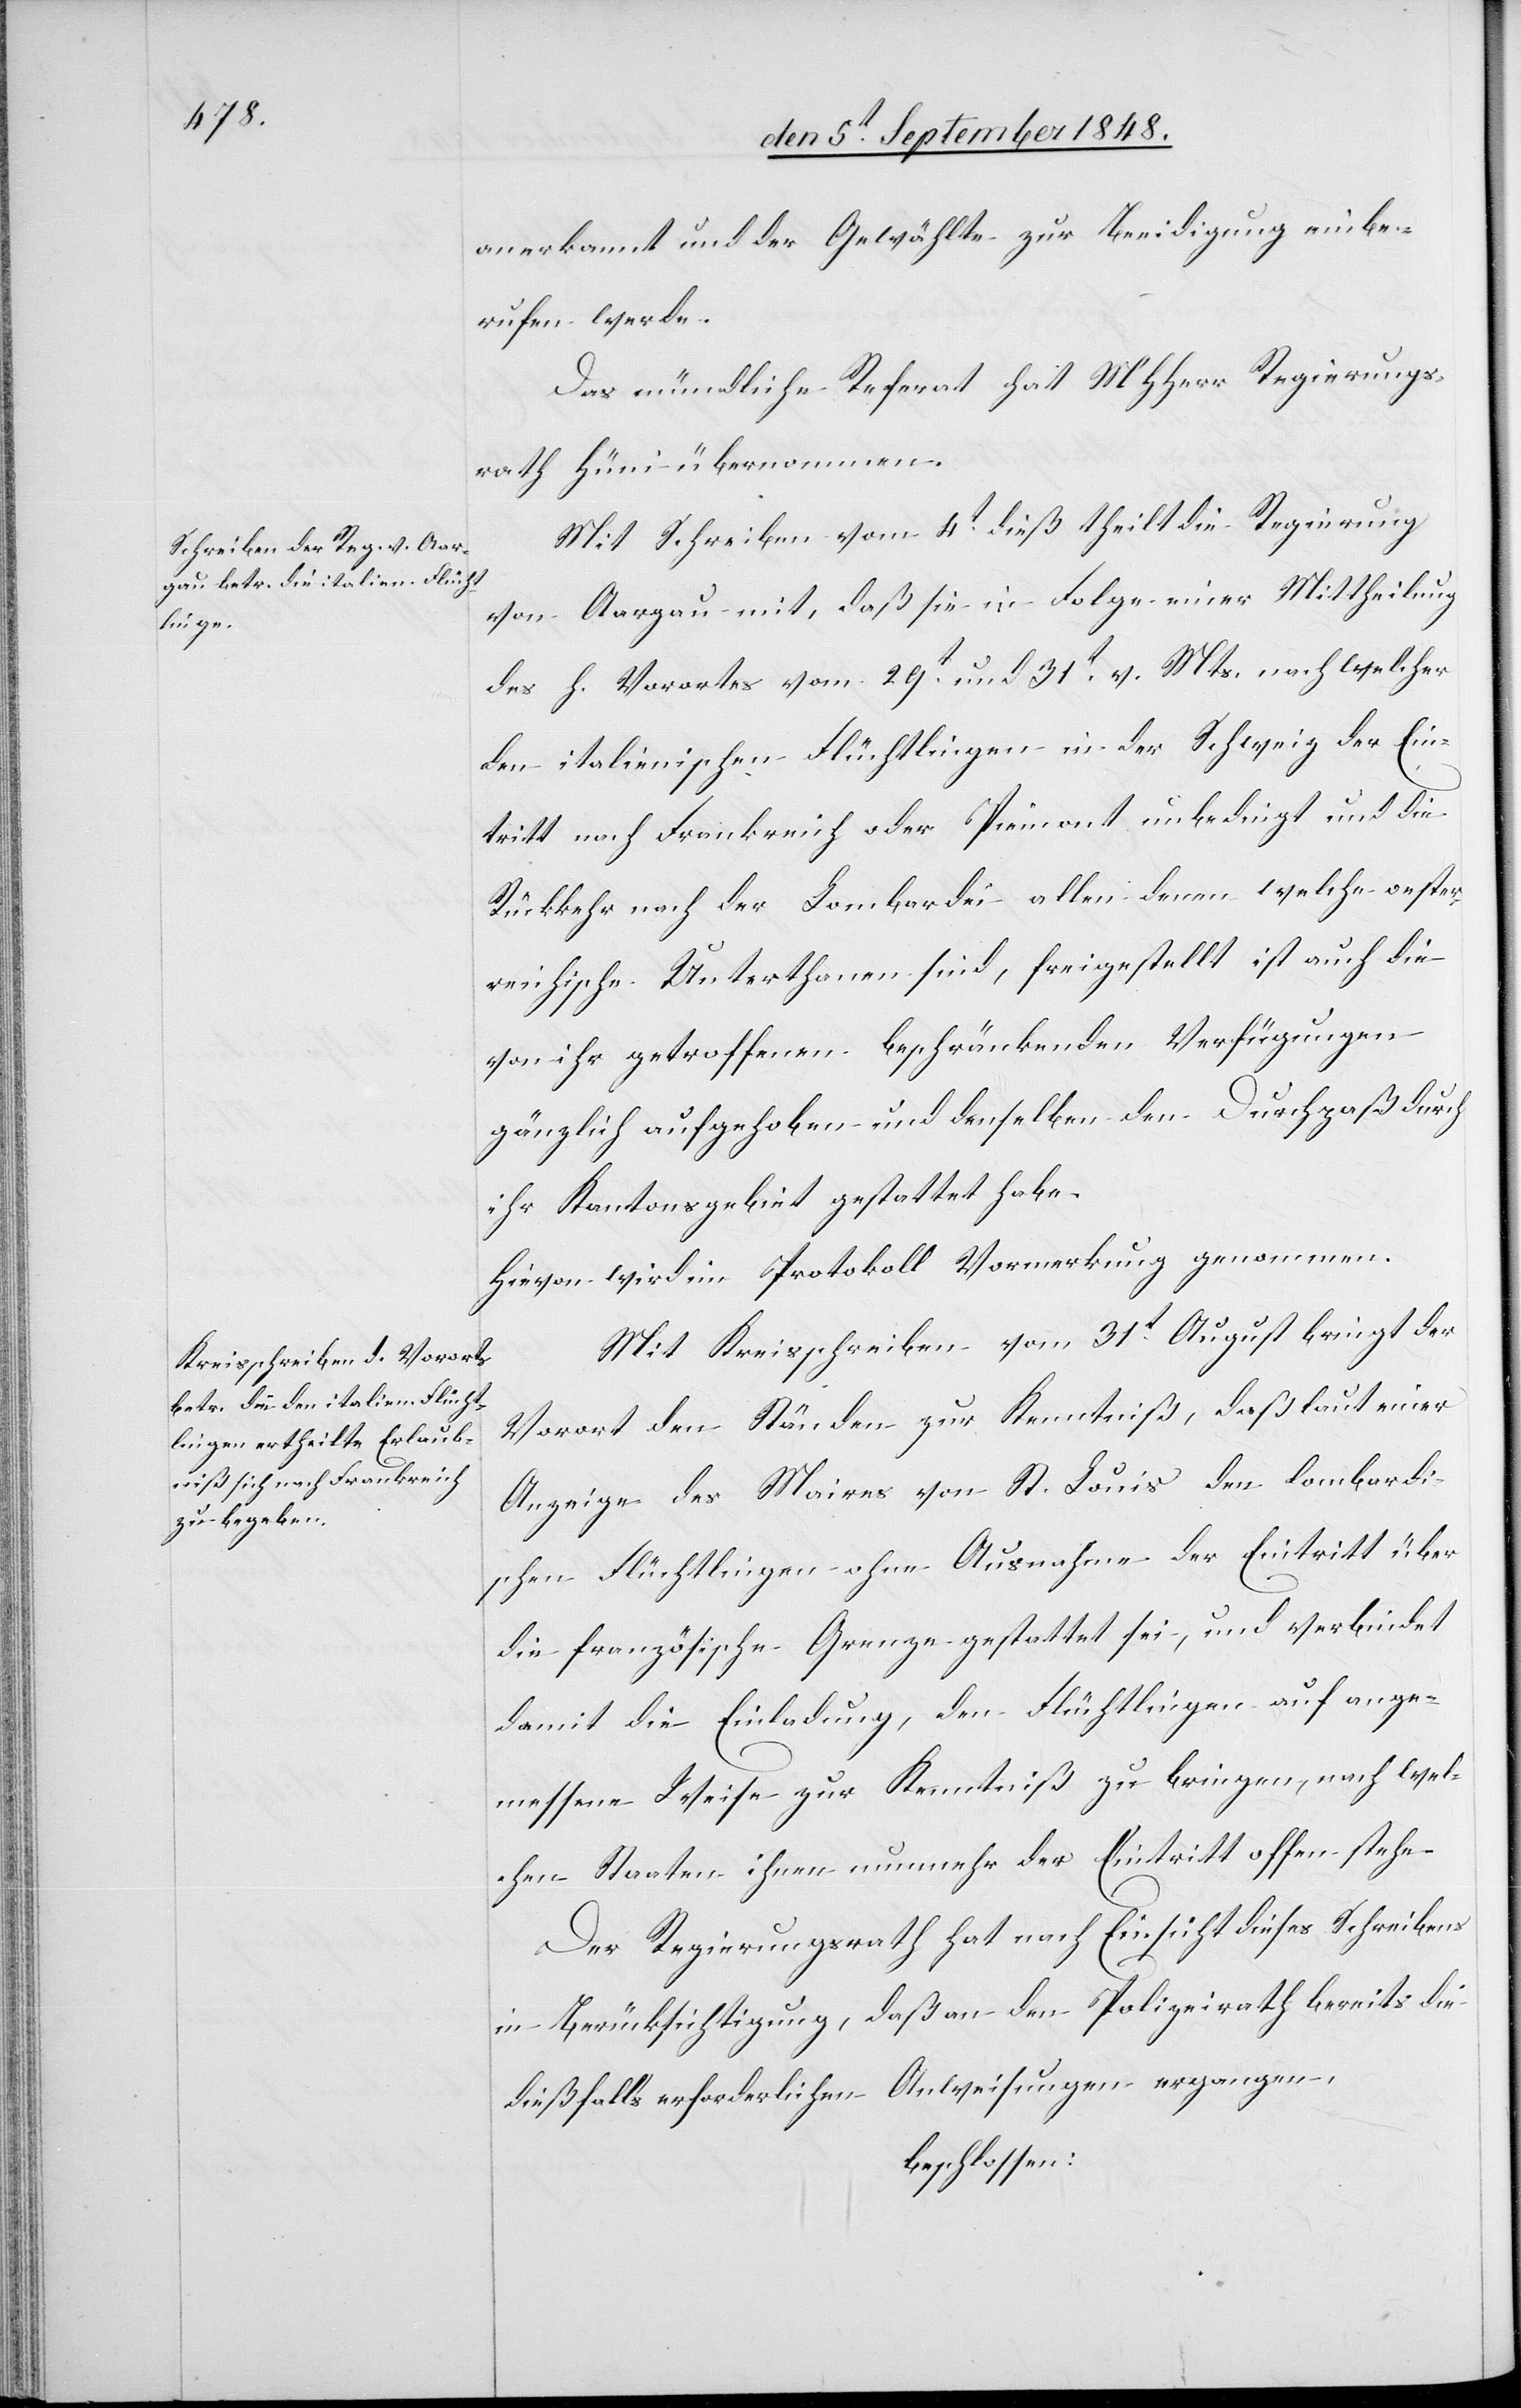
anerkannt und der Gewählte zur Beeidigung einbe¬
rufen werde.
Das mündliche Referat hat MHHerr Regierungs¬
rath Hüni übernommen.
Mit Schreiben vom 4t dieß theilt die Regierung
von Aargau mit, daß sie in Folge einer Mittheilung
des h. Vorortes vom 29t und 31t v. Mts. nach welcher
den italienischen Flüchtlingen in der Schweiz der Ein¬
tritt nach Frankreich oder Piemont unbedingt und die
Rückkehr nach der Lombardei allein deren welche oester¬
reichische Unterthanen sind, freigestellt ist auch die
von ihr getroffenen beschränkenden Verfügungen
gänzlich aufgehoben und denselben den Durchpaß durch
ihr Kantonsgebiet gestattet habe.
Hievon wird im Protokoll Vormerkung genommen.
Mit Kreisschreiben vom 31t August bringt der
Vorort den Ständen zur Kenntniß, daß laut einer
Anzeige des Maires von St. Louis den lombardi¬
schen Flüchtlingen ohne Ausnahme der Eintritt über
die französische Grenze gestattet sei, und verbindet
damit die Einladung, den Flüchtlingen auf ange¬
messene Weise zur Kenntniß zu bringen, nach wel¬
chen Staaten ihnen nunmehr der Eintritt offen stehe.
Der Regierungsrath hat nach Einsicht dieses Schreibens
in Berücksichtigung, daß an den Polizeirath bereits die
dießfalls erforderlichen Anweisungen ergangen,
beschlossen: